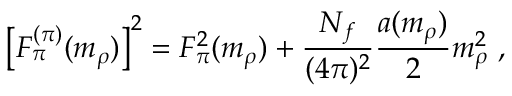
\left[ F _ { \pi } ^ { ( \pi ) } ( m _ { \rho } ) \right] ^ { 2 } = F _ { \pi } ^ { 2 } ( m _ { \rho } ) + \frac { N _ { f } } { ( 4 \pi ) ^ { 2 } } \frac { a ( m _ { \rho } ) } { 2 } m _ { \rho } ^ { 2 } \ ,